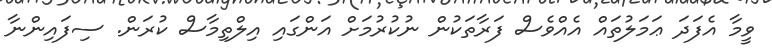
ވީމާ އެފަދަ ޢަމަލުތައް އެއްވެސް ފަރާތަކުން ނުކުރުމަށް އަންގައި އިލްތިމާސް ކުރަން. ސިފައިންނާ